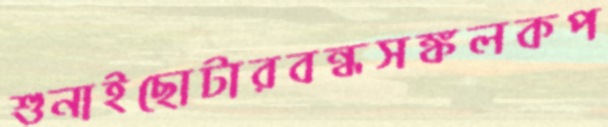
শুনাইছোটারবন্ধসঙ্কলকপ